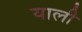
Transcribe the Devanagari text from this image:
याली